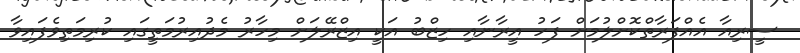
ސީރިއާ އެއްފަރާތްކޮށްލުމަށް ފަހު އީރާނާއި ހިޒްބު އަކީ އިޒްރޭލަށް މިހާރު މެދުއިރުމަތީގައި ކުރިމަތިވެފައިވާ